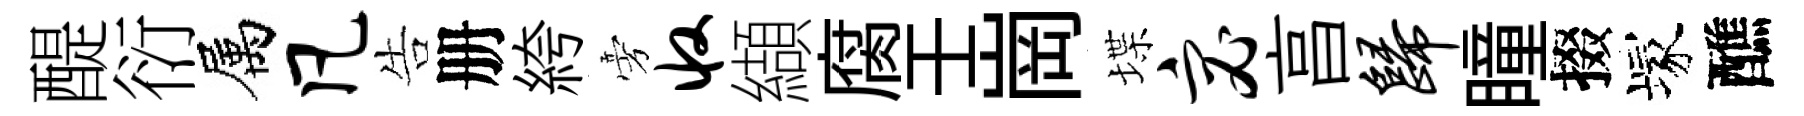
醍衍属凡告册絝旁收纈腐壬崗堞宓亯归瞳掇塚醮